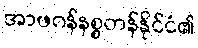
အာဖဂန်နစ္စတန်နိုင်ငံ၏